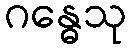
ဂန္ဓေသု